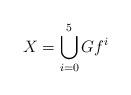
LaTeX: \begin{align*}X = \bigcup_{i = 0}^{5} Gf^{i}\end{align*}